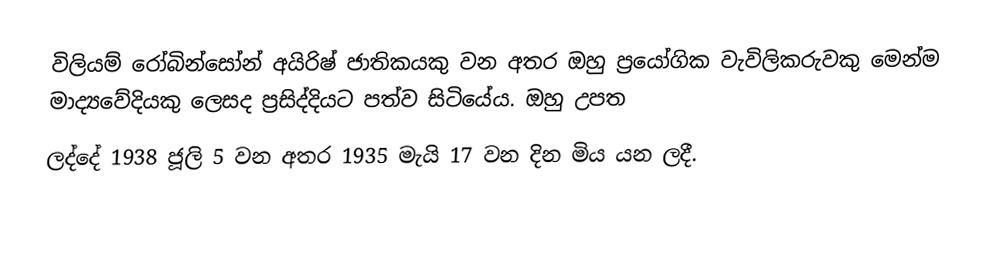
විලියම් රෝබින්සෝන්  අයිරිෂ් ජාතිකයකු වන අතර ඔහු  ප්‍රයෝගික වැවිලිකරුවකු මෙන්ම මාද්‍යවේදියකු ලෙසද ප්‍රසිද්දියට පත්ව සිටියේය.  ඔහු උපත
ලද්දේ 1938 ජූලි 5 වන අතර 1935 මැයි 17 වන දින මිය යන ලදී.